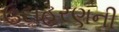
ઉદાહરણની